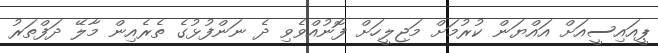
ޕީއައިސީއަށް އައްޔަން ކުރުމަށް މަޖިލީހަށް ފޮނުއްވެވި ދެ ނަންފުޅުގެ ތެރެއިން މާލޭ ދަފްތަރު